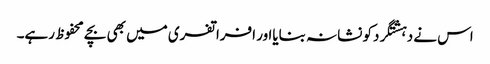
اس نے دہشتگردکو نشانہ بنایااور افراتفری میں بھی بچے محفوظ رہے۔